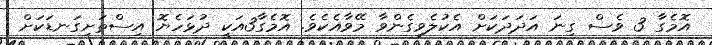
އޮމެގާ 3 ވެސް ގިނަ އަދަދަކަށް އެކުލެވިގެންވާ މޭވާއެކެވެ. އޮމެގާ3އަކީ ދުޅަހެޔޮ އިސްތަށިގަނޑަކަށް